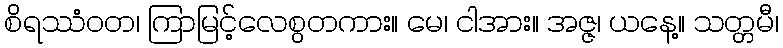
စိရဿံဝတ၊ ကြာမြင့်လေစွတကား။ မေ၊ ငါအား။ အဇ္ဇ၊ ယနေ့။ သတ္တမီ၊